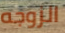
الزوجه